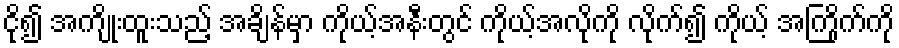
ငို၍ အကျိုးထူးသည့် အချိန်မှာ ကိုယ့်အနီးတွင် ကိုယ့်အလိုကို လိုက်၍ ကိုယ့် အကြိုက်ကို